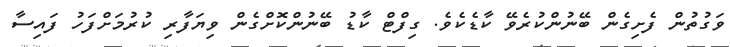
ވަގުތުން ފެށިގެން ބޭނުންކުރެވޭ ކާޑެކެވެ. ގިފްޓް ކާޑު ބޭނުންކޮށްގެން ވިޔަފާރި ކުރުމަށްފަހު ފައިސާ